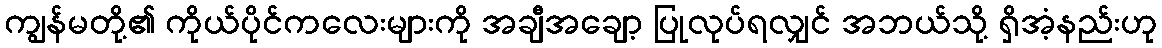
ကျွန်မတို့၏ ကိုယ်ပိုင်ကလေးများကို အချီအချော့ ပြုလုပ်ရလျှင် အဘယ်သို့ ရှိအံ့နည်းဟု